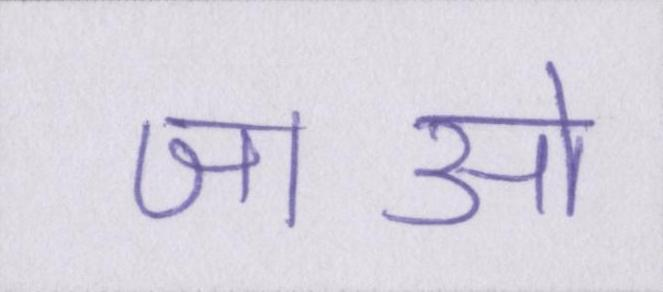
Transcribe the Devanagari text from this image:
जाओ